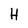
Character: H